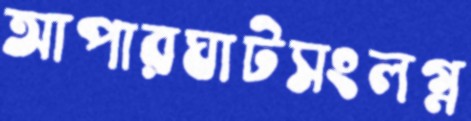
আপারঘাটসংলগ্ন